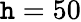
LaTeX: \mathtt{h}=50